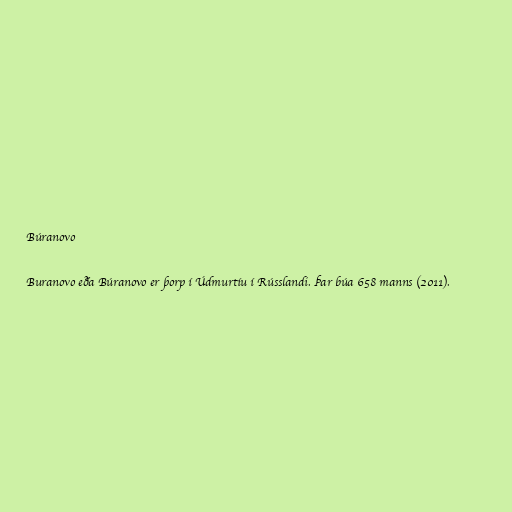
Búranovo

Buranovo eða Búranovo er þorp í Údmurtíu í Rússlandi. Þar búa 658 manns (2011).